Jaan_Tonisson_(Lasteleht), lk 130
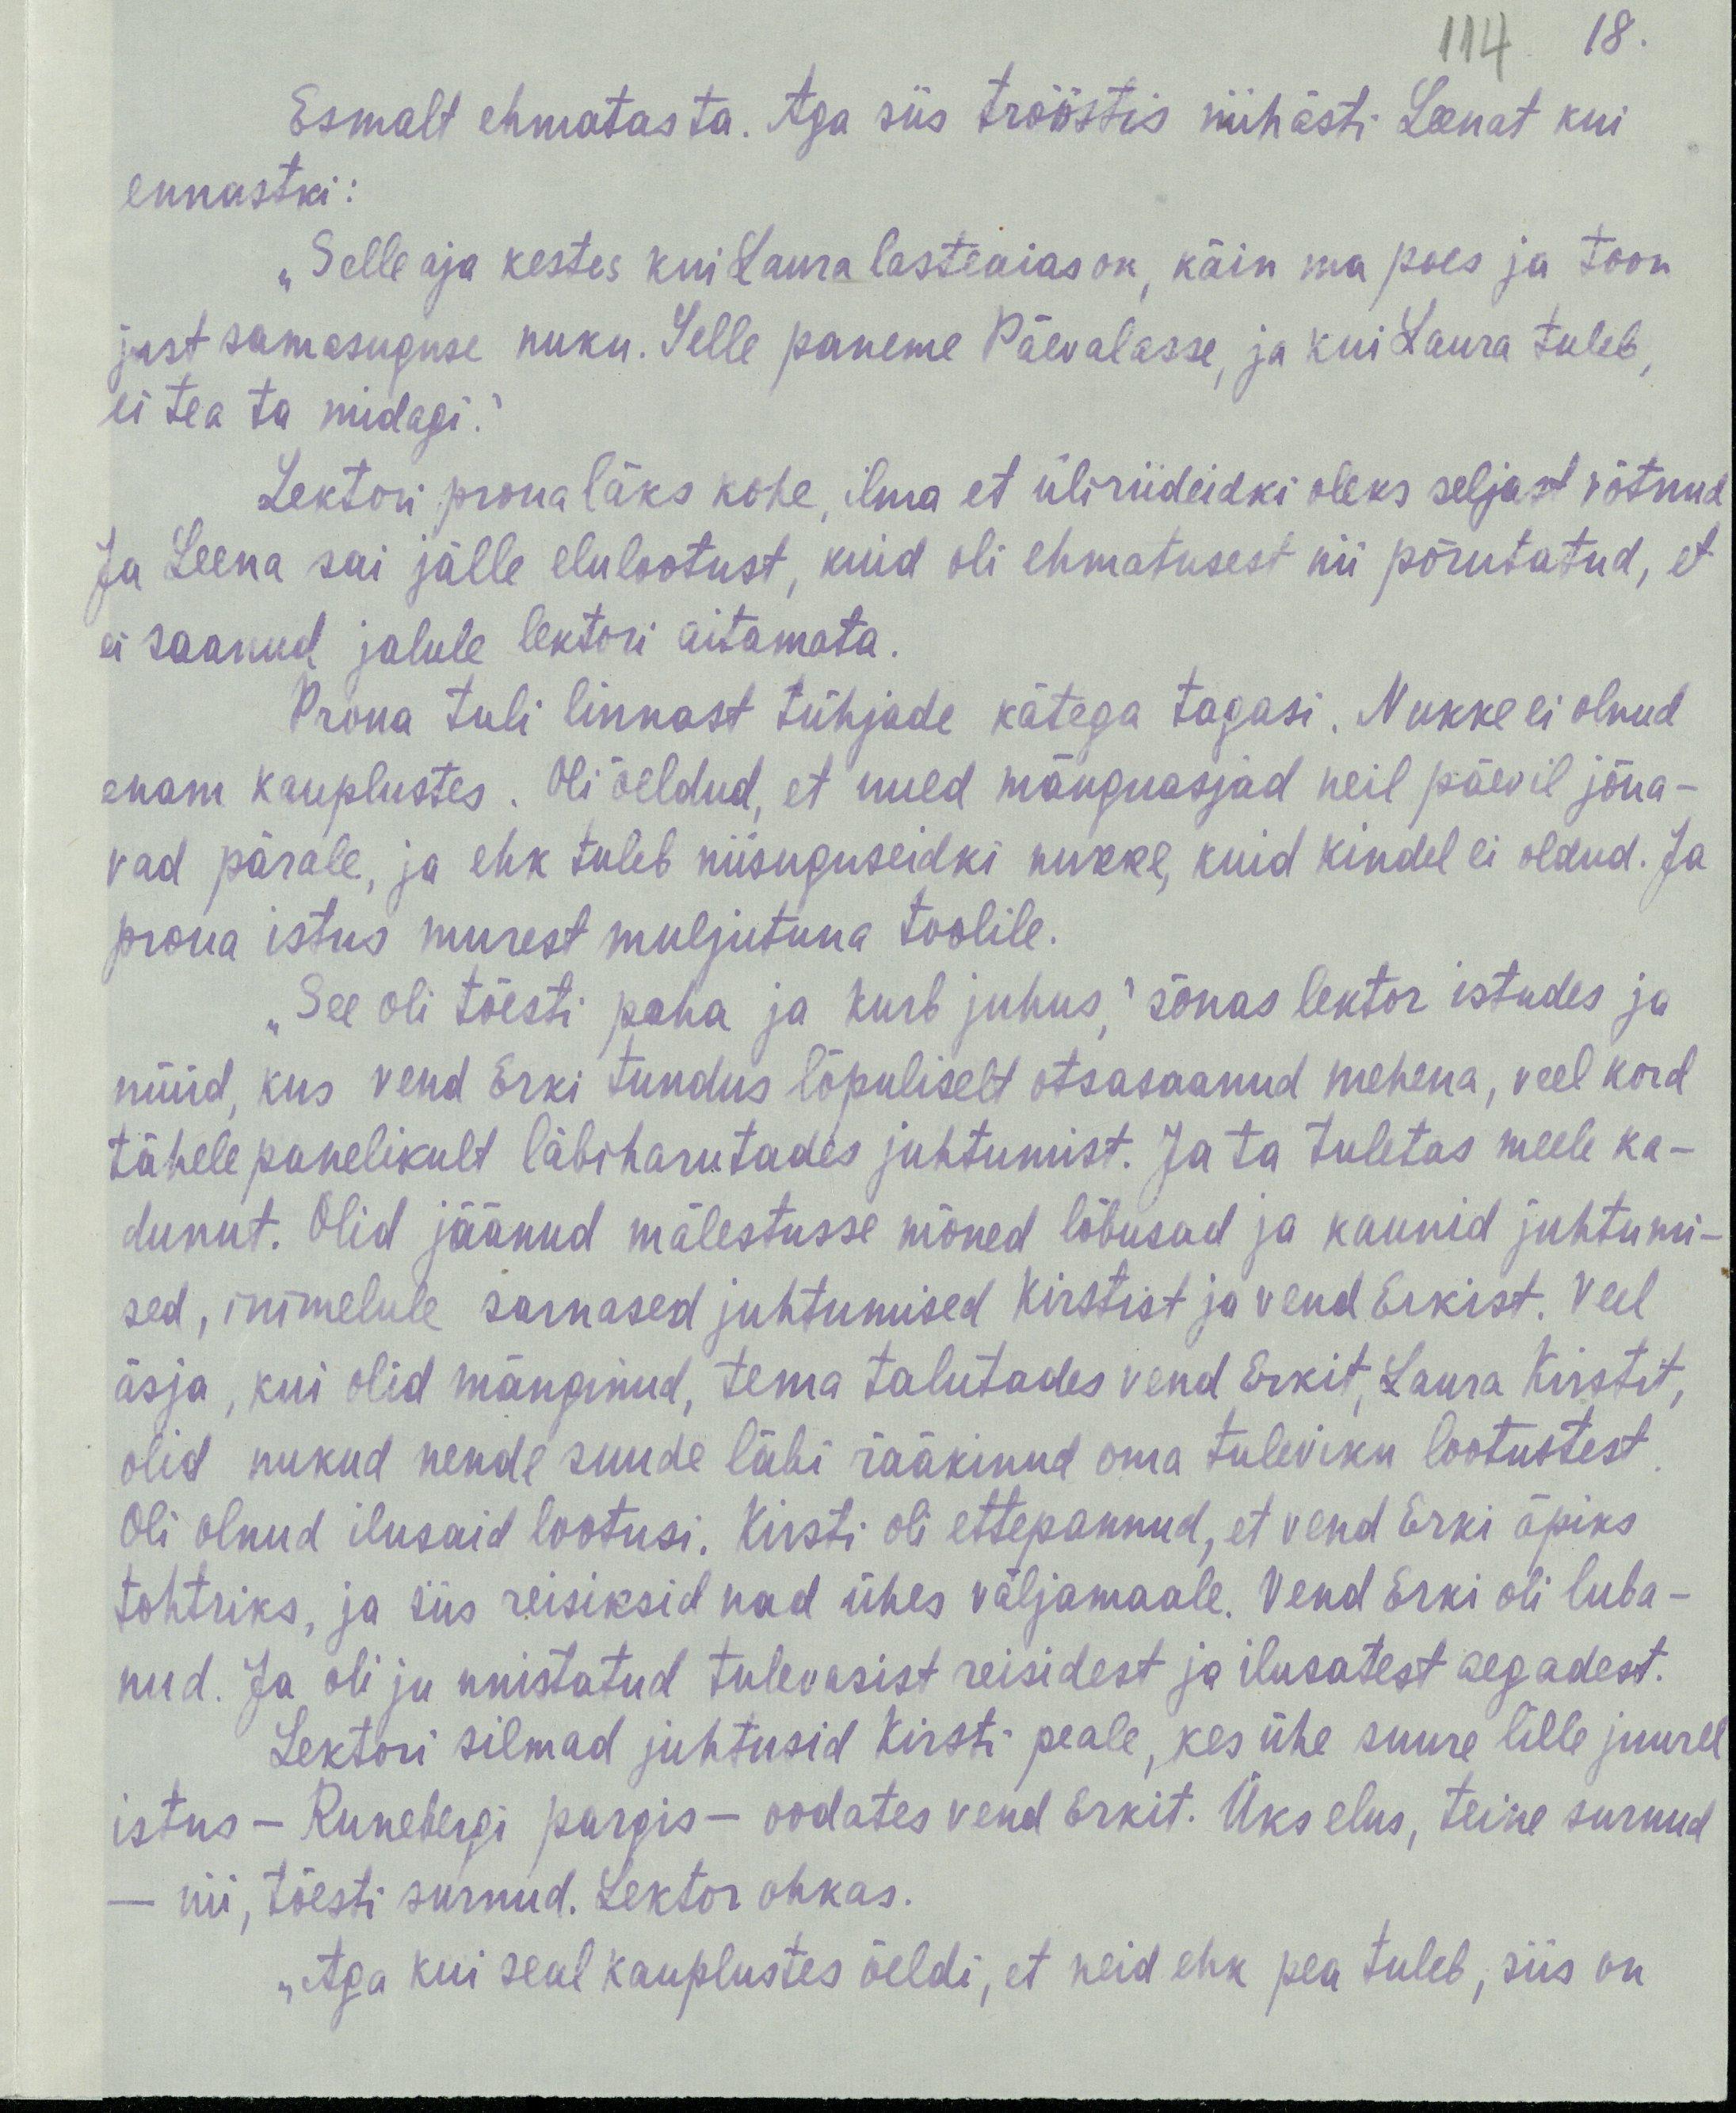
18.
114
Esmalt ehmatas ta. Aga siis trööstis niihästi Leenat kui
ennastki:
„Selle aja kestes kui Laura lasteaias on, käin ma poes ja toon
just samasuguse nuku. Selle paneme Päevalasse, ja kui Laura tuleb,
ei tea ta midagi.“
Lektori proua läks kohe, ilma et üliriideidki oleks seljast võtnud
Ja Leena sai jälle elulootust, kuid oli ehmatusest nii põrutatud, et
ei saanud jalule lektori aitamata.
Proua tuli linnast tühjade kätega tagasi. Nukke ei olnud
enam kauplustes. Oli öeldud, et uued mänguasjad neil päevil jõua-
vad pärale, ja ehk tuleb niisuguseidki nukku, kuid kindel ei oldud. Ja
proua istus murest muljutuna toolile.
„See oli tõesti paha ja kurb juhus,“ sõnas lektor istudes ja
nüüd, kus vend Erki tundus lõpuliselt otsasaanud mehena, veel kord
tähelepanelikult läbiharutades juhtumist. Ja ta tuletas meele ka-
dunut. Olid jäänud mälestusse mõned lõbusad ja kaunid juhtumi-
sed, inimelule sarnased juhtumised Kirstist ja vend Erkist. Veel
äsja, kui olid mänginud, tema talutades vend Erkit, Laura Kirstit,
olid nukud nende suude läbi rääkinud oma tuleviku lootustest.
Oli olnud ilusaid lootusi. Kirsti oli ettepannud, et vend Erki õpiks
tohtriks, ja siis reisiksid nad ühes väljamaale. Vend Erki oli luba-
nud. Ja oli ju unistatud tulevasist reisidest ja ilusatest aegadest.
Lektori silmad juhtusid Kirsti peale, kes ühe suure lille juurel
istus – Runebergi pargis – oodates vend Erikit. Üks elus, teine surnud
– nii tõesti surnud. Lektor ohkas.
„Aga kui seal kauplustes öeldi, et neid ehk pea tuleb, siis on